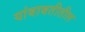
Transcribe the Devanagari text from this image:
यांबाबतीतील